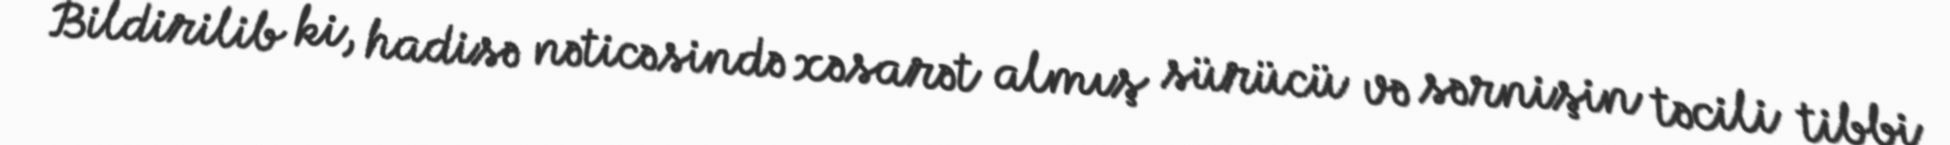
Bildirilib ki, hadisə nəticəsində xəsarət almış sürücü və sərnişin təcili tibbi